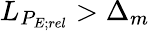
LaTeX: L_{P_{E;rel}}>\Delta_{m}